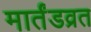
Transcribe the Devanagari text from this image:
मार्तंडव्रत